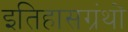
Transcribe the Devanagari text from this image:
इतिहासग्रंथों